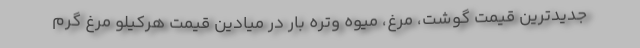
جدیدترین قیمت گوشت، مرغ، میوه وتره بار در میادین قیمت هرکیلو مرغ گرم